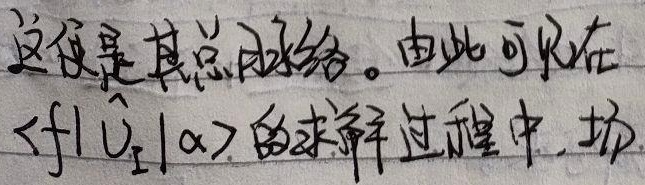
这便是其总脉络。由此可见在求解\(\langle f|\hat{U}_{\mathrm{I}}|\alpha\rangle\)的过程中，场